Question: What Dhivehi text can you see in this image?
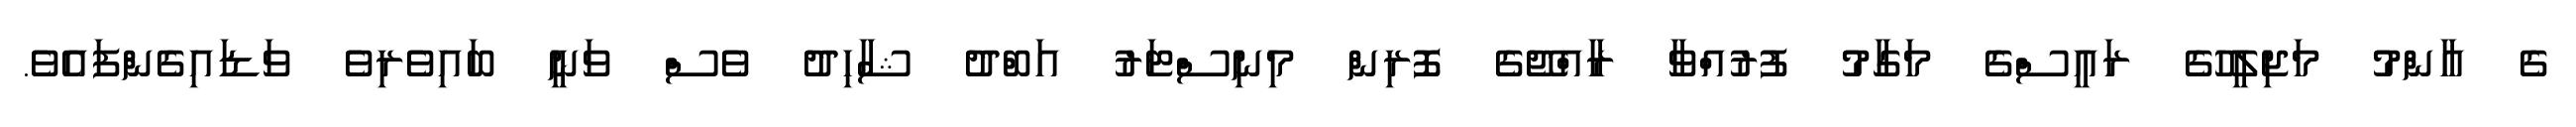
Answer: ގެ އާންމު މަޖިލީހުގެ ރައީސްގެ މަގާމު ފުރުއްވާ ރާއްޖޭގެ ފޮރިން މިނިސްޓަރު އަބްދު ޝާހިދު ވެސް ވަނީ ބައިވެރިވެ ވަޑައިގެންފައެވެ.